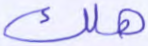
هلك